Report on lock hospitals in British Burma
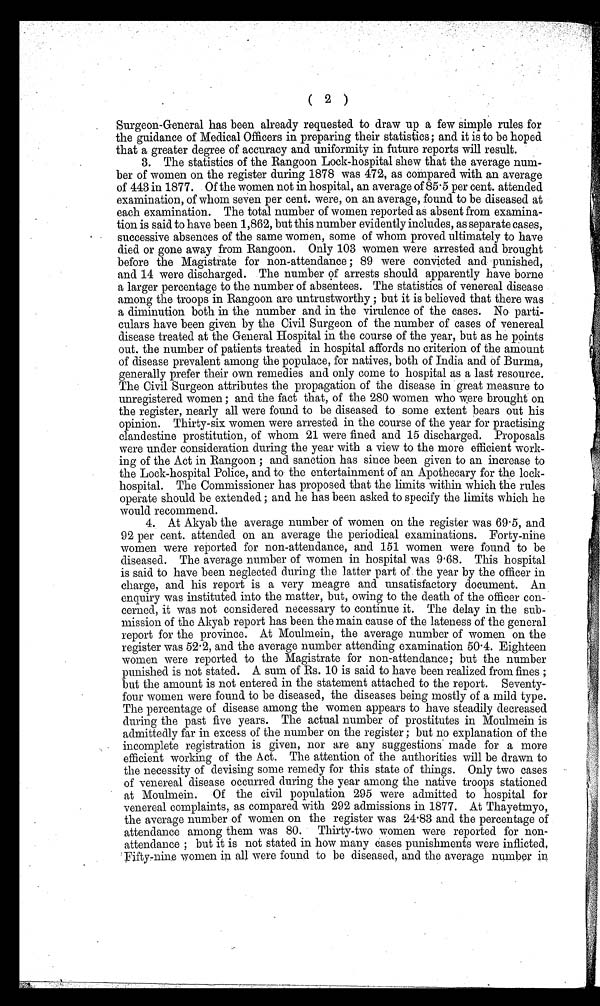
( 2 )
Surgeon-General has been already requested to draw up a few simple rules for
the guidance of Medical Officers in preparing their statistics; and it is to be hoped
that a greater degree of accuracy and uniformity in future reports will result.
3. The statistics of the Rangoon Lock-hospital shew that the average num-
ber of women on the register during 1878 was 472, as compared with an average
of 443 in 1877. Of the women not in hospital, an average of 85.5 per cent. attended
examination, of whom seven per cent. were, on an average, found to be diseased at
each examination. The total number of women reported as absent from examina-
tion is said to have been 1,862, but this number evidently includes, as separate cases,
successive absences of the same women, some of whom proved ultimately to have
died or gone away from. Rangoon. Only 103 women were arrested and brought
before the Magistrate for non-attendance ; 89 were convicted and punished,
and 14 were discharged. The number of arrests should apparently have borne
a larger percentage to the number of absentees. The statistics of venereal disease
among the troops in Rangoon are untrustworthy ; but it is believed that there was
a diminution both in the number and in the virulence of the cases. No parti-
culars have been given by the Civil Surgeon of the number of cases of venereal
disease treated at the General Hospital in the course of the year, but as he points
out, the number of patients treated in hospital affords no criterion of the amount
of disease prevalent among the populace, for natives, both of India and of Burma,
generally prefer their own remedies and only come to hospital as a last resource.
The Civil Surgeon attributes the propagation of the disease in great measure to
unregistered women ; and the fact that, of the 280 women who were brought on
the register, nearly all were found to be diseased to some extent bears out his
opinion. Thirty-six women were arrested in the course of the year for practising
clandestine prostitution, of whom 21 were fined and 15 discharged. Proposals
were under consideration during the year with a view to the more efficient work-
ing of the Act in Rangoon ; and sanction has since been given to an increase to
the Lock-hospital Police, and to the entertainment of an Apothecary for the lock-
hospital. The Commissioner has proposed that the limits within which the rules
operate should be extended ; and he has been asked to specify the limits which he
would recommend.
4. At Akyab the average number of women on the register was 69.5, and
92 per cent. attended on an average the periodical examinations. Forty-nine
women were reported for non-attendance, and 151 women were found to be
diseased. The average number of women in hospital was 9.68. This hospital
is said to have been neglected during the latter part of the year by the officer in
charge, and his report is a very meagre and unsatisfactory document. An
enquiry was instituted into the matter, but, owing to the death of the officer con-
cerned, it was not considered necessary to continue it. The delay in the sub-
mission of the Akyab report has been the main cause of the lateness of the general
report for the province. At Moulmein, the average number of women on the
register was 52.2, and the average number attending examination 50.4. Eighteen
women were reported to the Magistrate for non-attendance; but the number
punished is not stated. A sum of Rs. 10 is said to have been realized from fines ;
but the amount is not entered in the statement attached to the report. Seventy-
four women were found to be diseased, the diseases being mostly of a mild type.
The percentage of disease among the women appears to have steadily decreased
during the past five years. The actual number of prostitutes in Moulmein is
admittedly far in excess of the number on the register ; but no explanation of the
incomplete registration is given, nor are any suggestions made for a more
efficient working of the Act. The attention of the authorities will be drawn to
the necessity of devising some remedy for this state of things. Only two cases
of venereal disease occurred during the year among the native troops stationed
at Moulmein. Of the civil population 295 were admitted to hospital for
venereal complaints, as compared with 292 admissions in 1877. At Thayetmyo,
the average number of women on the register was 24.83 and the percentage of
attendance among them was 80. Thirty-two women were reported for non-
attendance ; but it is not stated in how many bases punishments were inflicted,
Fifty-nine women in all were found to be diseased, and the average number in